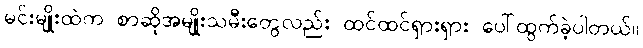
မင်းမျိုးထဲက စာဆိုအမျိုးသမီးတွေလည်း ထင်ထင်ရှားရှား ပေါ်ထွက်ခဲ့ပါတယ်။